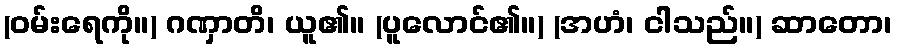
(ဝမ်းရေကို။) ဂဏှာတိ၊ ယူ၏။ (ပူလောင်၏။) (အဟံ၊ ငါသည်။) ဆာတော၊